Report on horse surra - Volume I
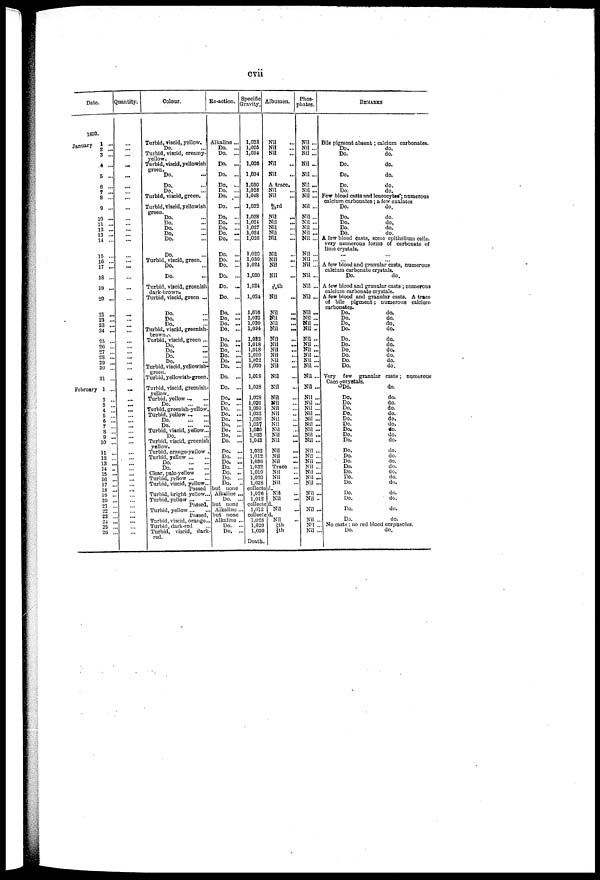
cvii
Date.
1893.
January
1...
2 ...
3 ...
4 ...
5 ...
6 ...
7 ...
8 ...
9 ...
10 ...
11 ...
12 ...
13 ...
14 ...
15 ...
16 ...
17 ...
18 ...
19 ...
20 ...
21 ...
22 ...
23 ...
24 ...
25 ..
20 ..
27 ..
28 ...
29 ..
30 ..
31 ..
February 1 ..
2...
3 ...
4 ...
5 ...
6 ...
7 ...
8 ...
9 ...
10 ...
11 ...
12 ...
13 ...
14 ...
15 ...
16 ...
17 ...
18 ...
19 ...
20 ...
21 ...
22 ...
23 ...
24 ...
25 ...
26 ...
Quantity.
...
...
...
...
...
...
... ...
...
...
...
...
...
...
...
...
...
...
...
...
...
...
...
...
...
...
...
...
...
...
...
...
...
...
...
...
...
...
...
...
...
...
...
...
...
...
...
...
...
...
...
...
...
...
...
...
...
Colour.
Turbid, viscid, yellow.
Do.
Turbid, viscid, creamy-
yellow.
Turbid, viscid, yellowish
green.
Do.
Do.
Do.
Turbid, viscid, green.
Turbid, viscid, yellowish
green.
Do.
Do.
Do.
Do.
Do.
Do.
Turbid, viscid, green.
Do.
Do.
Turbid, viscid, greenish
dark-brown.
Turbid, viscid, green ...
Do.
Do.
Do.
Turbid, viscid, greenish-
brown ...
Turbid, viscid, green ...
Do.
Do.
Do.
Do.
Turbid, viscid, yellowish-
... Turbid, yellowish-green.
Turbid, viscid, greenish-
yellow.
Turbid, yellow ...
Do.
Turbid, greenish-yellow.
Turbid, yellow
Do.
Do.
Turbid, viscid, yellow..
Do.
Turbid, viscid, greenish
yellow.
Turbid, orange-yellow
Turbid, yellow
Do.
Do.
Clear, pale-yellow
Turbid, yellow
Turbid, viscid, yellow..
Passed
Turbid, bright yellow..
Turbid, yellow ...
Passed,
Turbid, yellow
Passed,
Turbid, viscid, orange.
Turbid, dark-red
Turbid, viscid, dark
red.
Re-action.
Alkaline ...
Do.
...
Do.
...
Do.
...
Do.
...
Do. ...
Do. ...
Do.
...
Do.
...
Do.
...
Do.
...
Do. ...
Do.
...
Do. ...
Do.
...
Do.
...
Do.
...
Do.
..
Do.
...
Do. ..
Do. ..
Do. ..
Do. ..
Do. ..
Do. ...
Do. ....
Do. ..
Do. ..
Do. ..
Do. ..
Do. ..
Do. ..
Do. ..
Do. ..
Do.
..
Do. ..
Do. ..
Do. ..
Do. .
Do. .
Do. .
Do. .
Do. .
Do. .
Do. .
Do. .
Do. .
Do.
but none
Alkaline .
Do. .
but none
Alkaline .
but none
Alkaline
Do.
Do.
Specific
Gravity.
1,038
1,025
1,034
1,026
1,034
1,030
1,028
1,048
1,032
1,028
1,024
1,027
1,024
1,026
1,020
1,030
1,024
1,030
1,024
1,024
1,016
1,022
1,020
1,024
1,022
1,018
1,018
1,020
1,022
1,020
1.018
1,028
1,028
1,026
1,030
1,032
1,030
1,037
1.036
1,033
1,043
1,032
1,012
1,030
1,032
1,010
1,020
1,028
collected
1,026
1,012
collected.
1,012
collected.
1,028
1,020
1,030
Death
Albumen.
Nil
Nil
Nil
Nil
Nil
A trace.
Nil
Nil
1/33 rd
Nil
Nil
Nil
Nil
Nil
Nil
Nil
Nil
Nil
1/34 th
Nil
Nil
Nil
Nil
Nil
Nil
Nil
Nil
Nil
Nil
Nil
Nil
Nil
Nil
Nil
Nil
Nil
Nil
Nil
Nil
Nil
Nil
Nil
Nil
Nil
Trace ...
Nil
Nil
Nil
Nil
Nil
Nil
Nil
⅛ th
¾th
Phos
phates.
Nil ...
Nil ...
Nil ...
Nil ...
Nil ...
Nil ...
Nil ...
Nil ...
Nil ...
Nil ...
Nil ...
Nil ...
Nil ...
Nil ...
Nil ...
Nil ...
Nil ...
Nil ...
Nil ...
Nil ...
Nil ...
Nil ...
Nil ...
Nil ..
Nil ...
Nil ...
Nil ...
Nil ...
Nil ...
Nil ...
Nil ...
Nil ...
Nil ..
Nil ...
Nil ..
Nil ...
Nil ..
Nil ..
Nil ..
Nil ..
Nil ..
Nil ..
Nil ..
Nil ..
Nil ..
Nil ..
Nil ..
Nil ..
Nil ..
Nil ..
Nil ..
Nil .
Nill ....
Nil ..
REMARKS
Bile pigment absent; calcium carbonates.
Do.
do.
Do.
do.
Do.
do.
Do.
do.
Do.
do.
Do.
do.
Few blood casts and leucocytes"; numerous
calcium carbonates; a few oxalates
Do.
do.
Do.
do.
Do.
do,
Do.
do.
Do.
do.
A few blood oasts, some epithelium cells,
very numerous forms of carbonate of
lime crystals.
A few blood and granular casts, numerous
calcium carbonate crystals.
Do.
do.
A few blood and granular casts ; numerous
calcium carbonate crystals.
A few blood and granular casts. A trace
of bile pigment; numerous calcium
carbonates.
Do.
do.
Do.
do.
Do.
do.
Do.
do.
Do.
do.
Do.
do.
Do.
do.
Do.
do.
Do.
do.
Do.
do.
Very
few granular casts; numerous
Caco3cryatals.
Do.
do.
Do.
do.
Do.
do.
Do.
do.
Do.
do.
Do.
do.
Do.
do.
Do.
do.
Do.
do.
Do.
do.
Do.
do.
Do.
do.
Do.
do.
Do.
do.
Do.
do.
Do.
do.
Do.
do.
Do.
do.
Do.
do.
Do.
do.
Do.
do.
No casts ; no red blood corpuscles.
Do.
do.